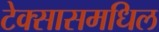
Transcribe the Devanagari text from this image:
टेक्सासमधिल